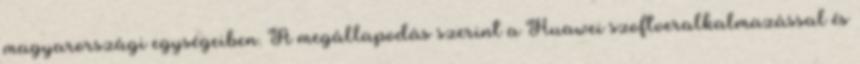
magyarországi egységeiben. A megállapodás szerint a Huawei szoftveralkalmazással és